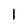
Character: 1